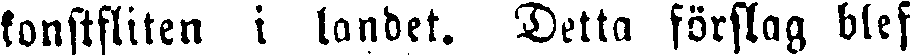
konstfliten i landet. Detta förslag blef